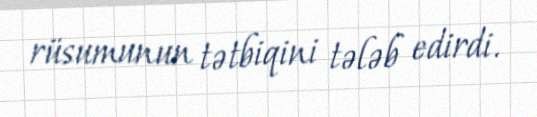
rüsumunun tətbiqini tələb edirdi.